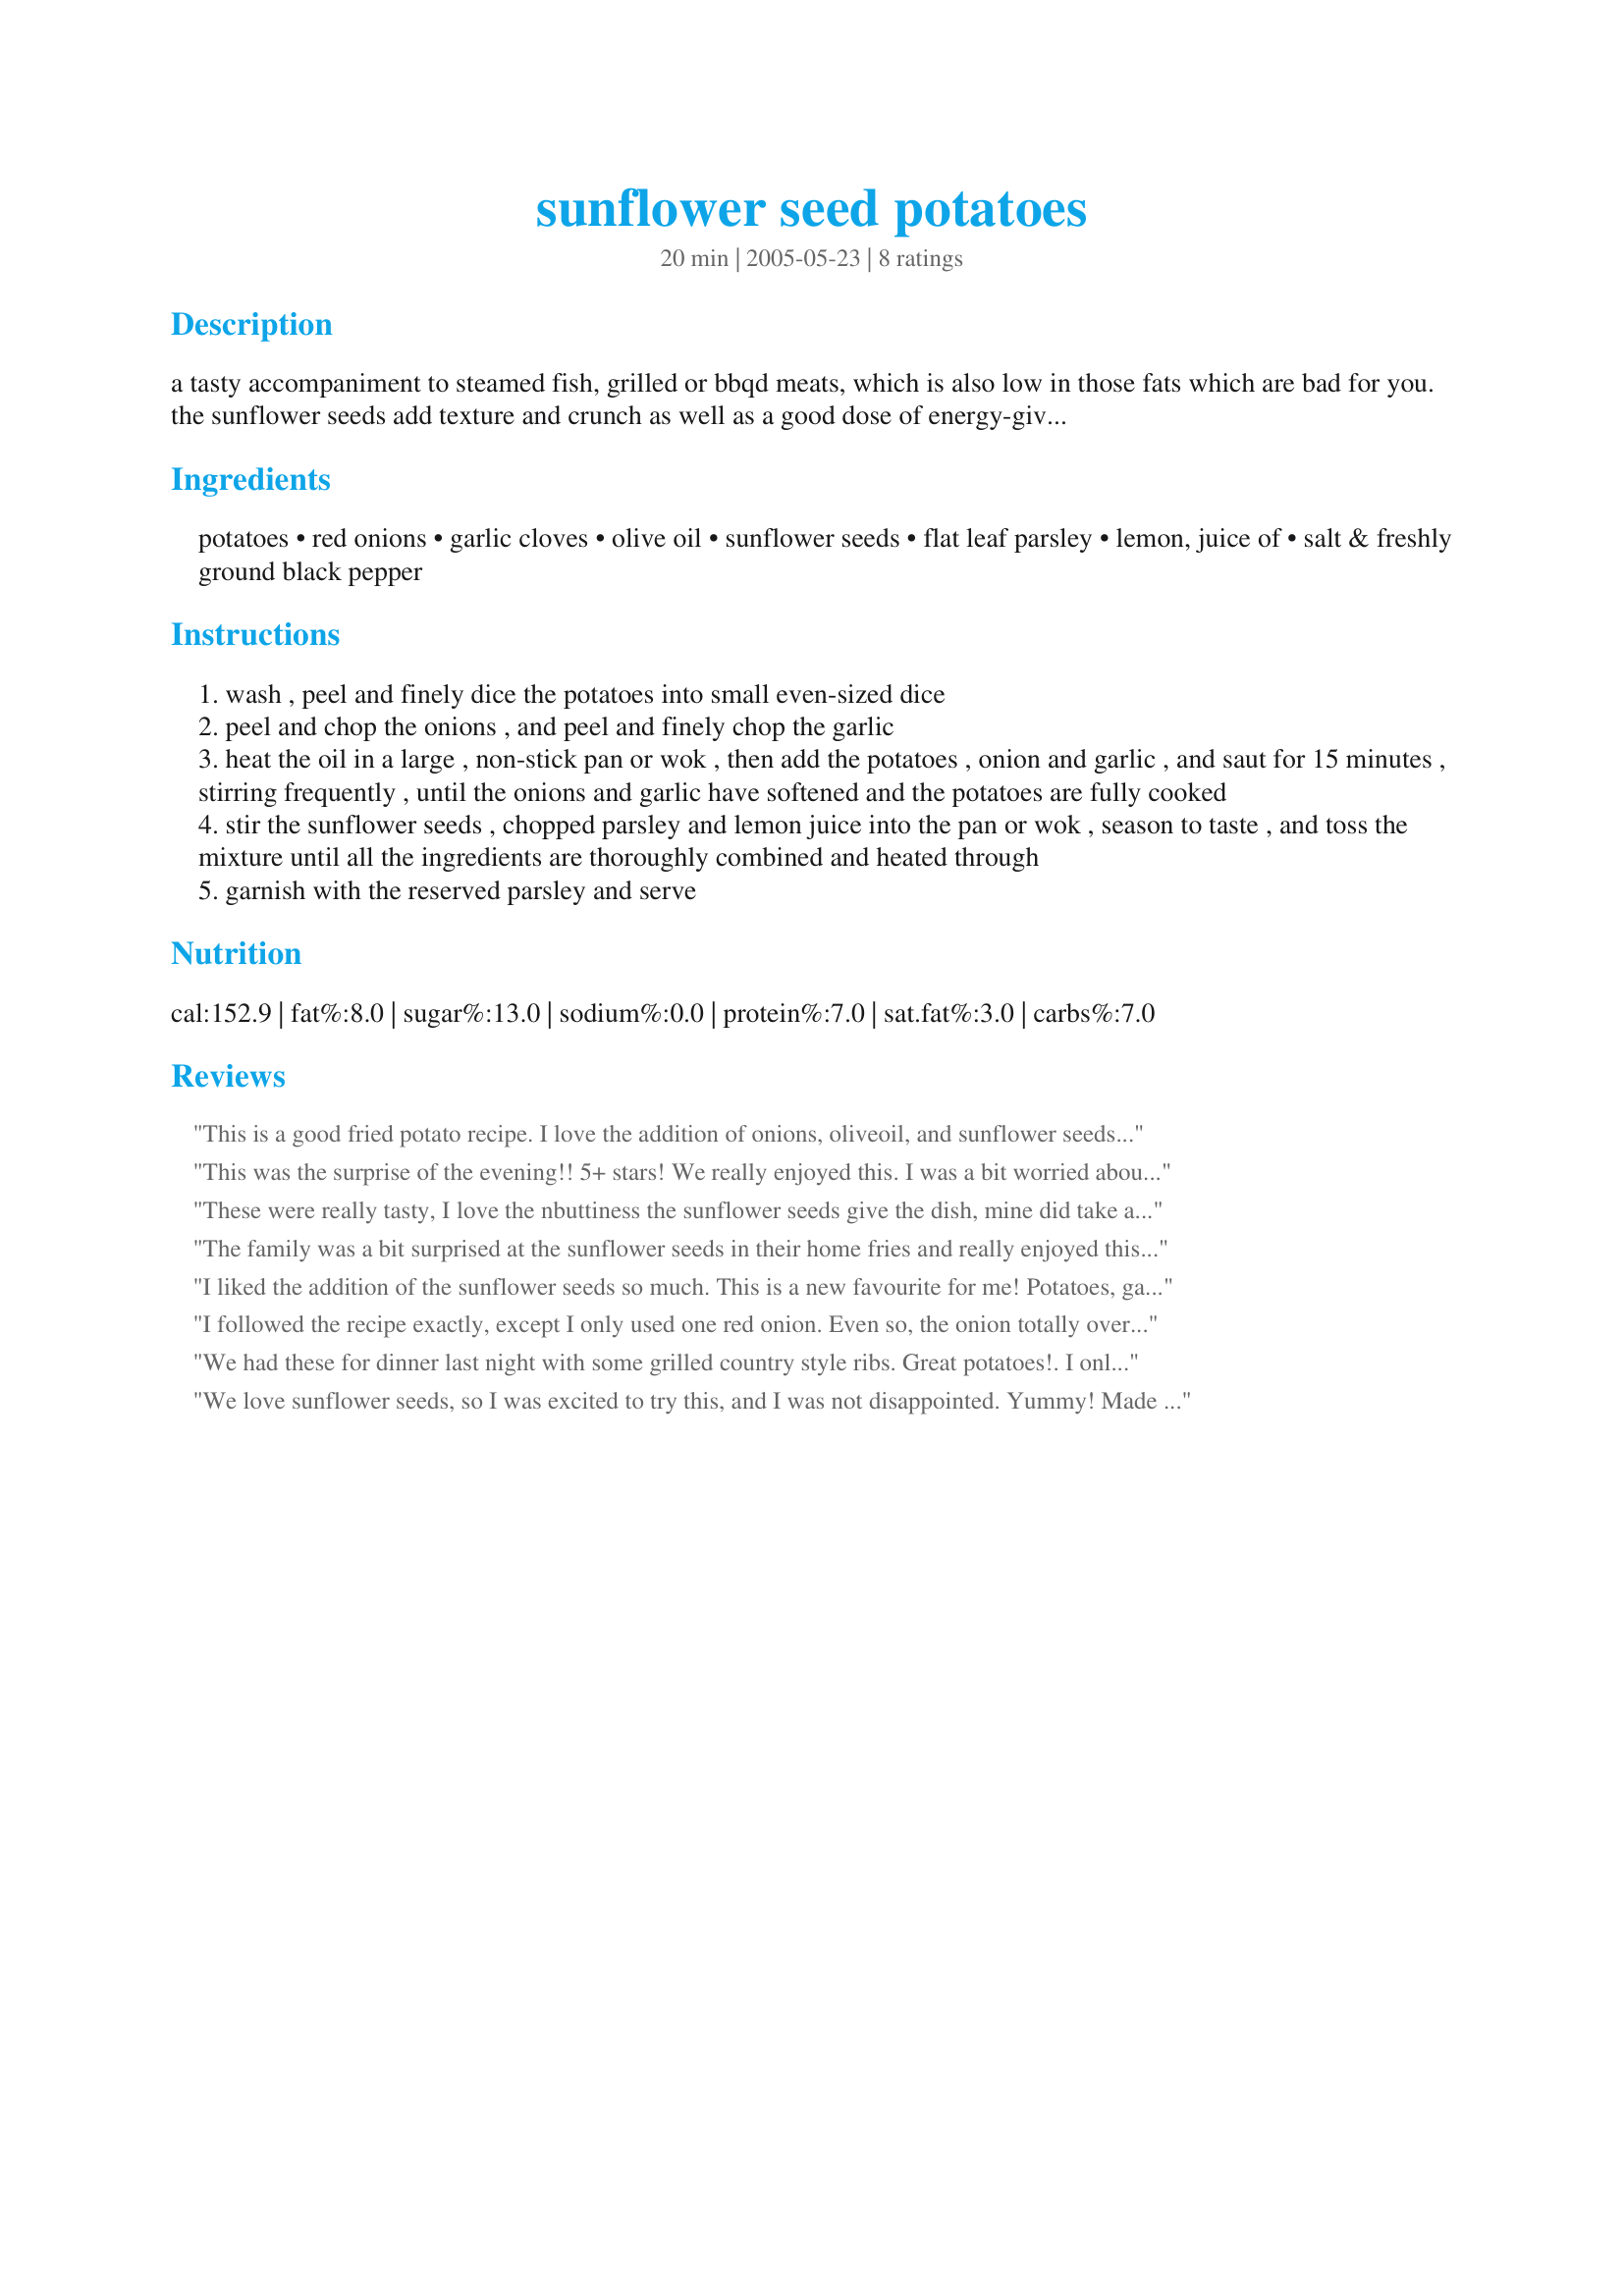
sunflower seed potatoes
Preparation time: 20 minutes

a tasty accompaniment to steamed fish, grilled or bbqd meats, which is also low in those fats which are bad for you. the sunflower seeds add texture and crunch as well as a good dose of energy-giving vitamin b1, a vitamin essential to all zaar addicts spending long hours on the computer. adapted from a 'pan or wok' recipe card from international masters publishers.

Ingredients:
potatoes, red onions, garlic cloves, olive oil, sunflower seeds, flat leaf parsley, lemon, juice of, salt & freshly ground black pepper

Steps:
wash , peel and finely dice the potatoes into small even-sized dice
peel and chop the onions , and peel and finely chop the garlic
heat the oil in a large , non-stick pan or wok , then add the potatoes , onion and garlic , and saut for 15 minutes , stirring frequently , until the onions and garlic have softened and the potatoes are fully cooked
stir the sunflower seeds , chopped parsley and lemon juice into the pan or wok , season to taste , and toss the mixture until all the ingredients are thoroughly combined and heated through
garnish with the reserved parsley and serve

Reviews:
This is a good fried potato recipe. I love the addition of onions, oliveoil, and sunflower seeds. I've never put lemon juice in my potatoes and so this was a first. I wish the sunflower seeds would have come thru with more taste, but that could have been my fault in maybe not adding enough. All in all a good side dish to the brats served to the MEN in the family. Thanks Blue~
Made for PRMR~
This was the surprise of the evening!! 5+ stars! We really enjoyed this. I was a bit worried about adding sunflower seeds but they really didn't add a lot flavor but more like a crunch to the dish. I did cook mine a bit longer due to waiting for the rest of the meal to complete the cooking process. But we enjoyed them. I normally don't cut my potatoes so tiny, they do cook up faster this way. We just loved this dish! You can really taste the lemon but it isn't over powering. Thanks for posting. This is going in my 2008 "20" favorite recipes cookbook. :)
These were really tasty, I love the nbuttiness the sunflower seeds give the dish, mine did take a lot longer than 15 mins though but I did use potatoes with skin-on, could have made the difference. DH wasn't too fussed with these but I loved them, thanks for posting!
The family was a bit surprised at the sunflower seeds in their home fries and really enjoyed this change of pace side. Made for Adopt-A-Tag from PRMR.
I liked the addition of the sunflower seeds so much. This is a new favourite for me! Potatoes, garlic and parsley are a combination I always liked, but the addition of the seeds and the lemon juice turned them into something new and wonderfully different. I had it with chicken breast and salad
I followed the recipe exactly, except I only used one red onion. Even so, the onion totally overpowered the potatoes....I had more red onions than potatoes just using one! (I suggest a measurement on the onions, instead of a number of onions) Otherwise, I made as posted. Unfortunately I couldn't even taste the sunflower seeds because of the overwhelming taste of the red onions. I hate to leave an unfavorable review, but no one at my dinner ate these potatoes. So sorry. Made for TYM Tag.
We had these for dinner last night with some grilled country style ribs. Great potatoes!. I only used about 1/2 red onion, it equaled about 3/4 cup, and that was plenty. I also used just under 1 lb potatoes. I loved the sunflower seeds and DH did too. Thanks for a great recipe bluemoon!
We love sunflower seeds, so I was excited to try this, and I was not disappointed. Yummy! Made for PRMR.
